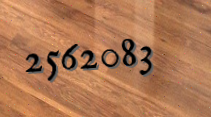
2562083